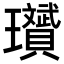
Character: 𪼱